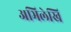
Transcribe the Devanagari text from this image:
अभिलेखि